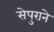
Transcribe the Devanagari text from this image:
सेपुराने